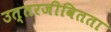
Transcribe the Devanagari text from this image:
उत्तरजीवितता